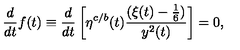
{ \frac { d } { d t } } f ( t ) \equiv { \frac { d } { d t } } \left[ \eta ^ { c / b } ( t ) { \frac { ( \xi ( t ) - { \frac { 1 } { 6 } } ) } { y ^ { 2 } ( t ) } } \right] = 0 ,